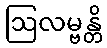
ဩလမ္ဗန္တိ